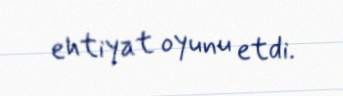
ehtiyat oyunu etdi.